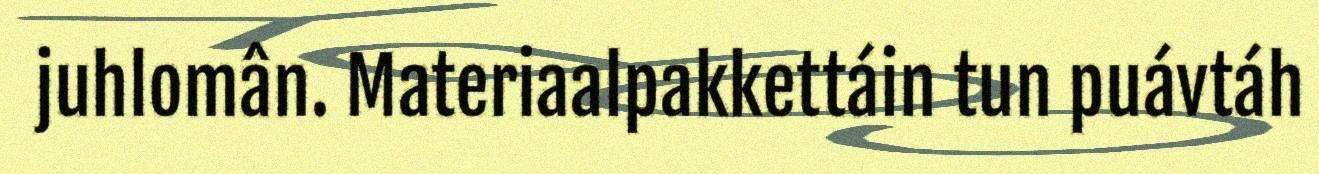
juhlomân. Materiaalpakkettáin tun puávtáh